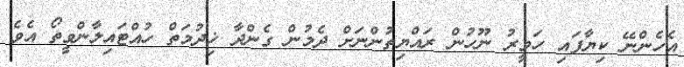
އެހެންނޭ ކިޔާފައި ހަވީރު ނޫހުން ރައްޔިތުންނަށް ދެމުން ގެންދާ ޚިދުމަތް ހުއްޓައިލާންވީތޯ އެވެ